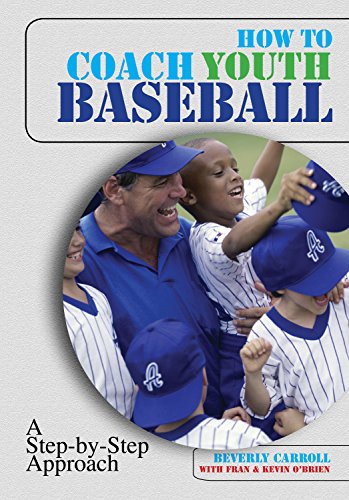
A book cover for How to Coach Youth Baseball: A Step-By-Step Approach; Beverly Carroll; Sports & Outdoors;